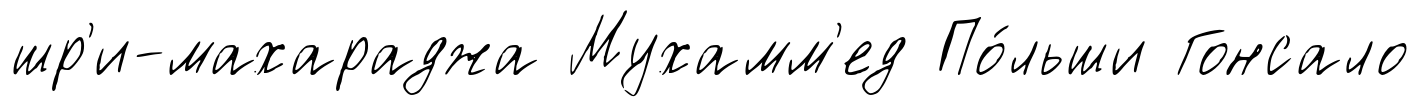
шр'и-махараджа Мухамм'ед По́льши Гонсало